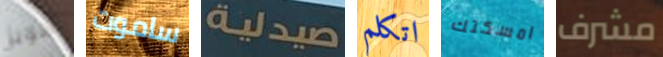
هوبز ساموت صيدلية اتكلم امسكتك مشرف